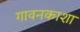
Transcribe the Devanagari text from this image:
गावनकाशा